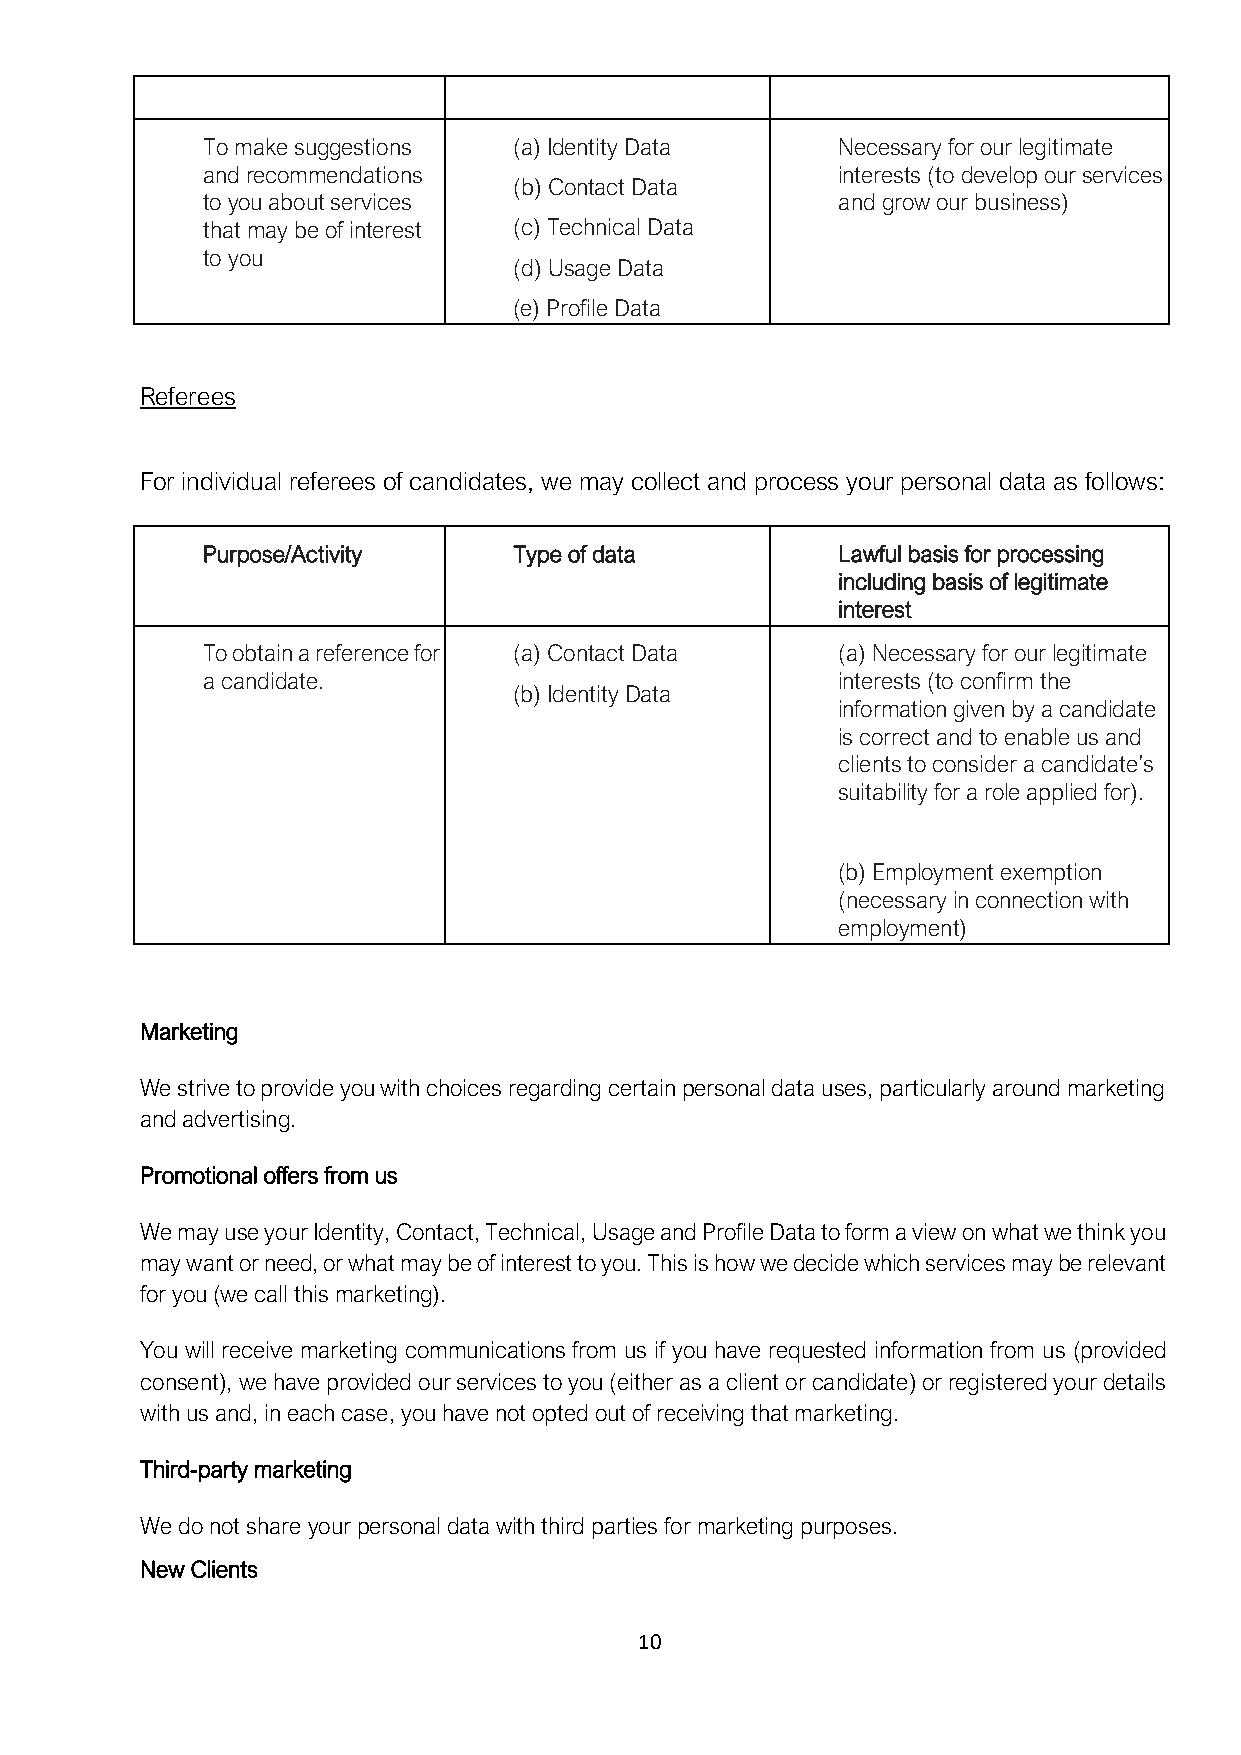
To make suggestions  (a) Identity Data    Necessary for our legitimate
 and recommendations                       interests (to develop our services
 (b) Contact Data
 to you about services                     and grow our business)
 that may be of interest (c) Technical Data
 to you
 (d) Usage Data
 (e) Profile Data
 Referees
 For individual referees of candidates, we may collect and process your personal data as follows:
 Purpose/Activity     Type of data         Lawful basis for processing
 including basis of legitimate
 interest
 To obtain a reference for (a) Contact Data (a) Necessary for our legitimate
 a candidate.                              interests (to confirm the
 (b) Identity Data
 information given by a candidate
 is correct and to enable us and
 clients to consider a candidate’s
 suitability for a role applied for).
 (b) Employment exemption
 (necessary in connection with
 employment)
 Marketing
 We strive to provide you with choices regarding certain personal data uses, particularly around marketing
 and advertising.
 Promotional offers from us
 We may use your Identity, Contact, Technical, Usage and Profile Data to form a view on what we think you
 may want or need, or what may be of interest to you. This is how we decide which services may be relevant
 for you (we call this marketing).
 You will receive marketing communications from us if you have requested information from us (provided
 consent), we have provided our services to you (either as a client or candidate) or registered your details
 with us and, in each case, you have not opted out of receiving that marketing.
 Third-party marketing
 We do not share your personal data with third parties for marketing purposes.
 New Clients
 10